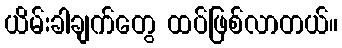
ယိမ်းခါချက်တွေ ထပ်ဖြစ်လာတယ်။